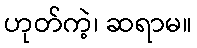
ဟုတ်ကဲ့၊ ဆရာမ။